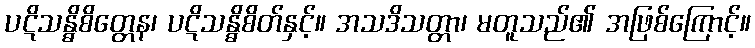
ပဋိသန္ဓိစိတ္တေန၊ ပဋိသန္ဓိစိတ်နှင့်။ အသဒိသတ္တာ၊ မတူသည်၏ အဖြစ်ကြောင့်။